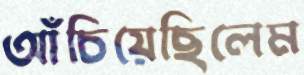
আঁচিয়েছিলেম